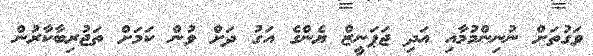
ވަގުތަށް ނުނިންމުމާއި އަދި ޖަޕަނީޒް ޔެންގެ އަގު ދަށް ވުން ކަމަށް ތަޖުރިބާކާރުން